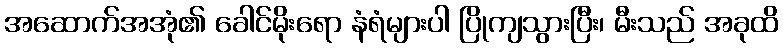
အဆောက်အအုံ၏ ခေါင်မိုးရော နံရံများပါ ပြိုကျသွားပြီး၊ မီးသည် အခုထိ